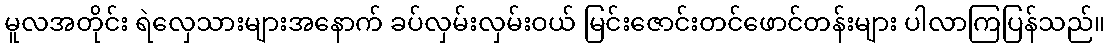
မူလအတိုင်း ရဲလှေသားများအနောက် ခပ်လှမ်းလှမ်းဝယ် မြင်းဇောင်းတင်ဖောင်တန်းများ ပါလာကြပြန်သည်။